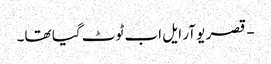
- قصر یو آر ایل اب ٹوٹ گیا تھا۔